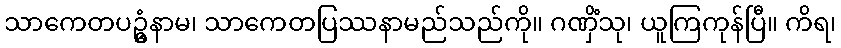
သာကေတပဥ္ဓံနာမ၊ သာကေတပြဿနာမည်သည်ကို။ ဂဏှိံသု၊ ယူကြကုန်ပြီ။ ကိရ၊